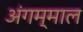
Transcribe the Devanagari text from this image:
अंगम्माल